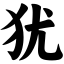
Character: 犹